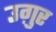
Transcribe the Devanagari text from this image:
उग़ुर